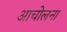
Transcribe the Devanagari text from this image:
आचोलना